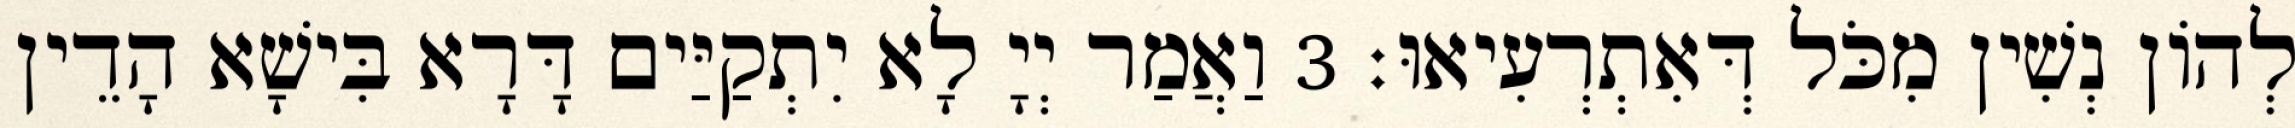
לְהוֹן נְשִׁין מִכֹּל דְּאִתְרְעִיאוּ׃ 3 וַאֲמַר יְיָ לָא יִתְקַיַּים דָּרָא בִּישָׁא הָדֵין